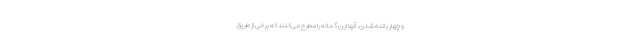
و چهار بانده شدن. آنها این گمانه را مطرح می‌کنند که برخی از طریق